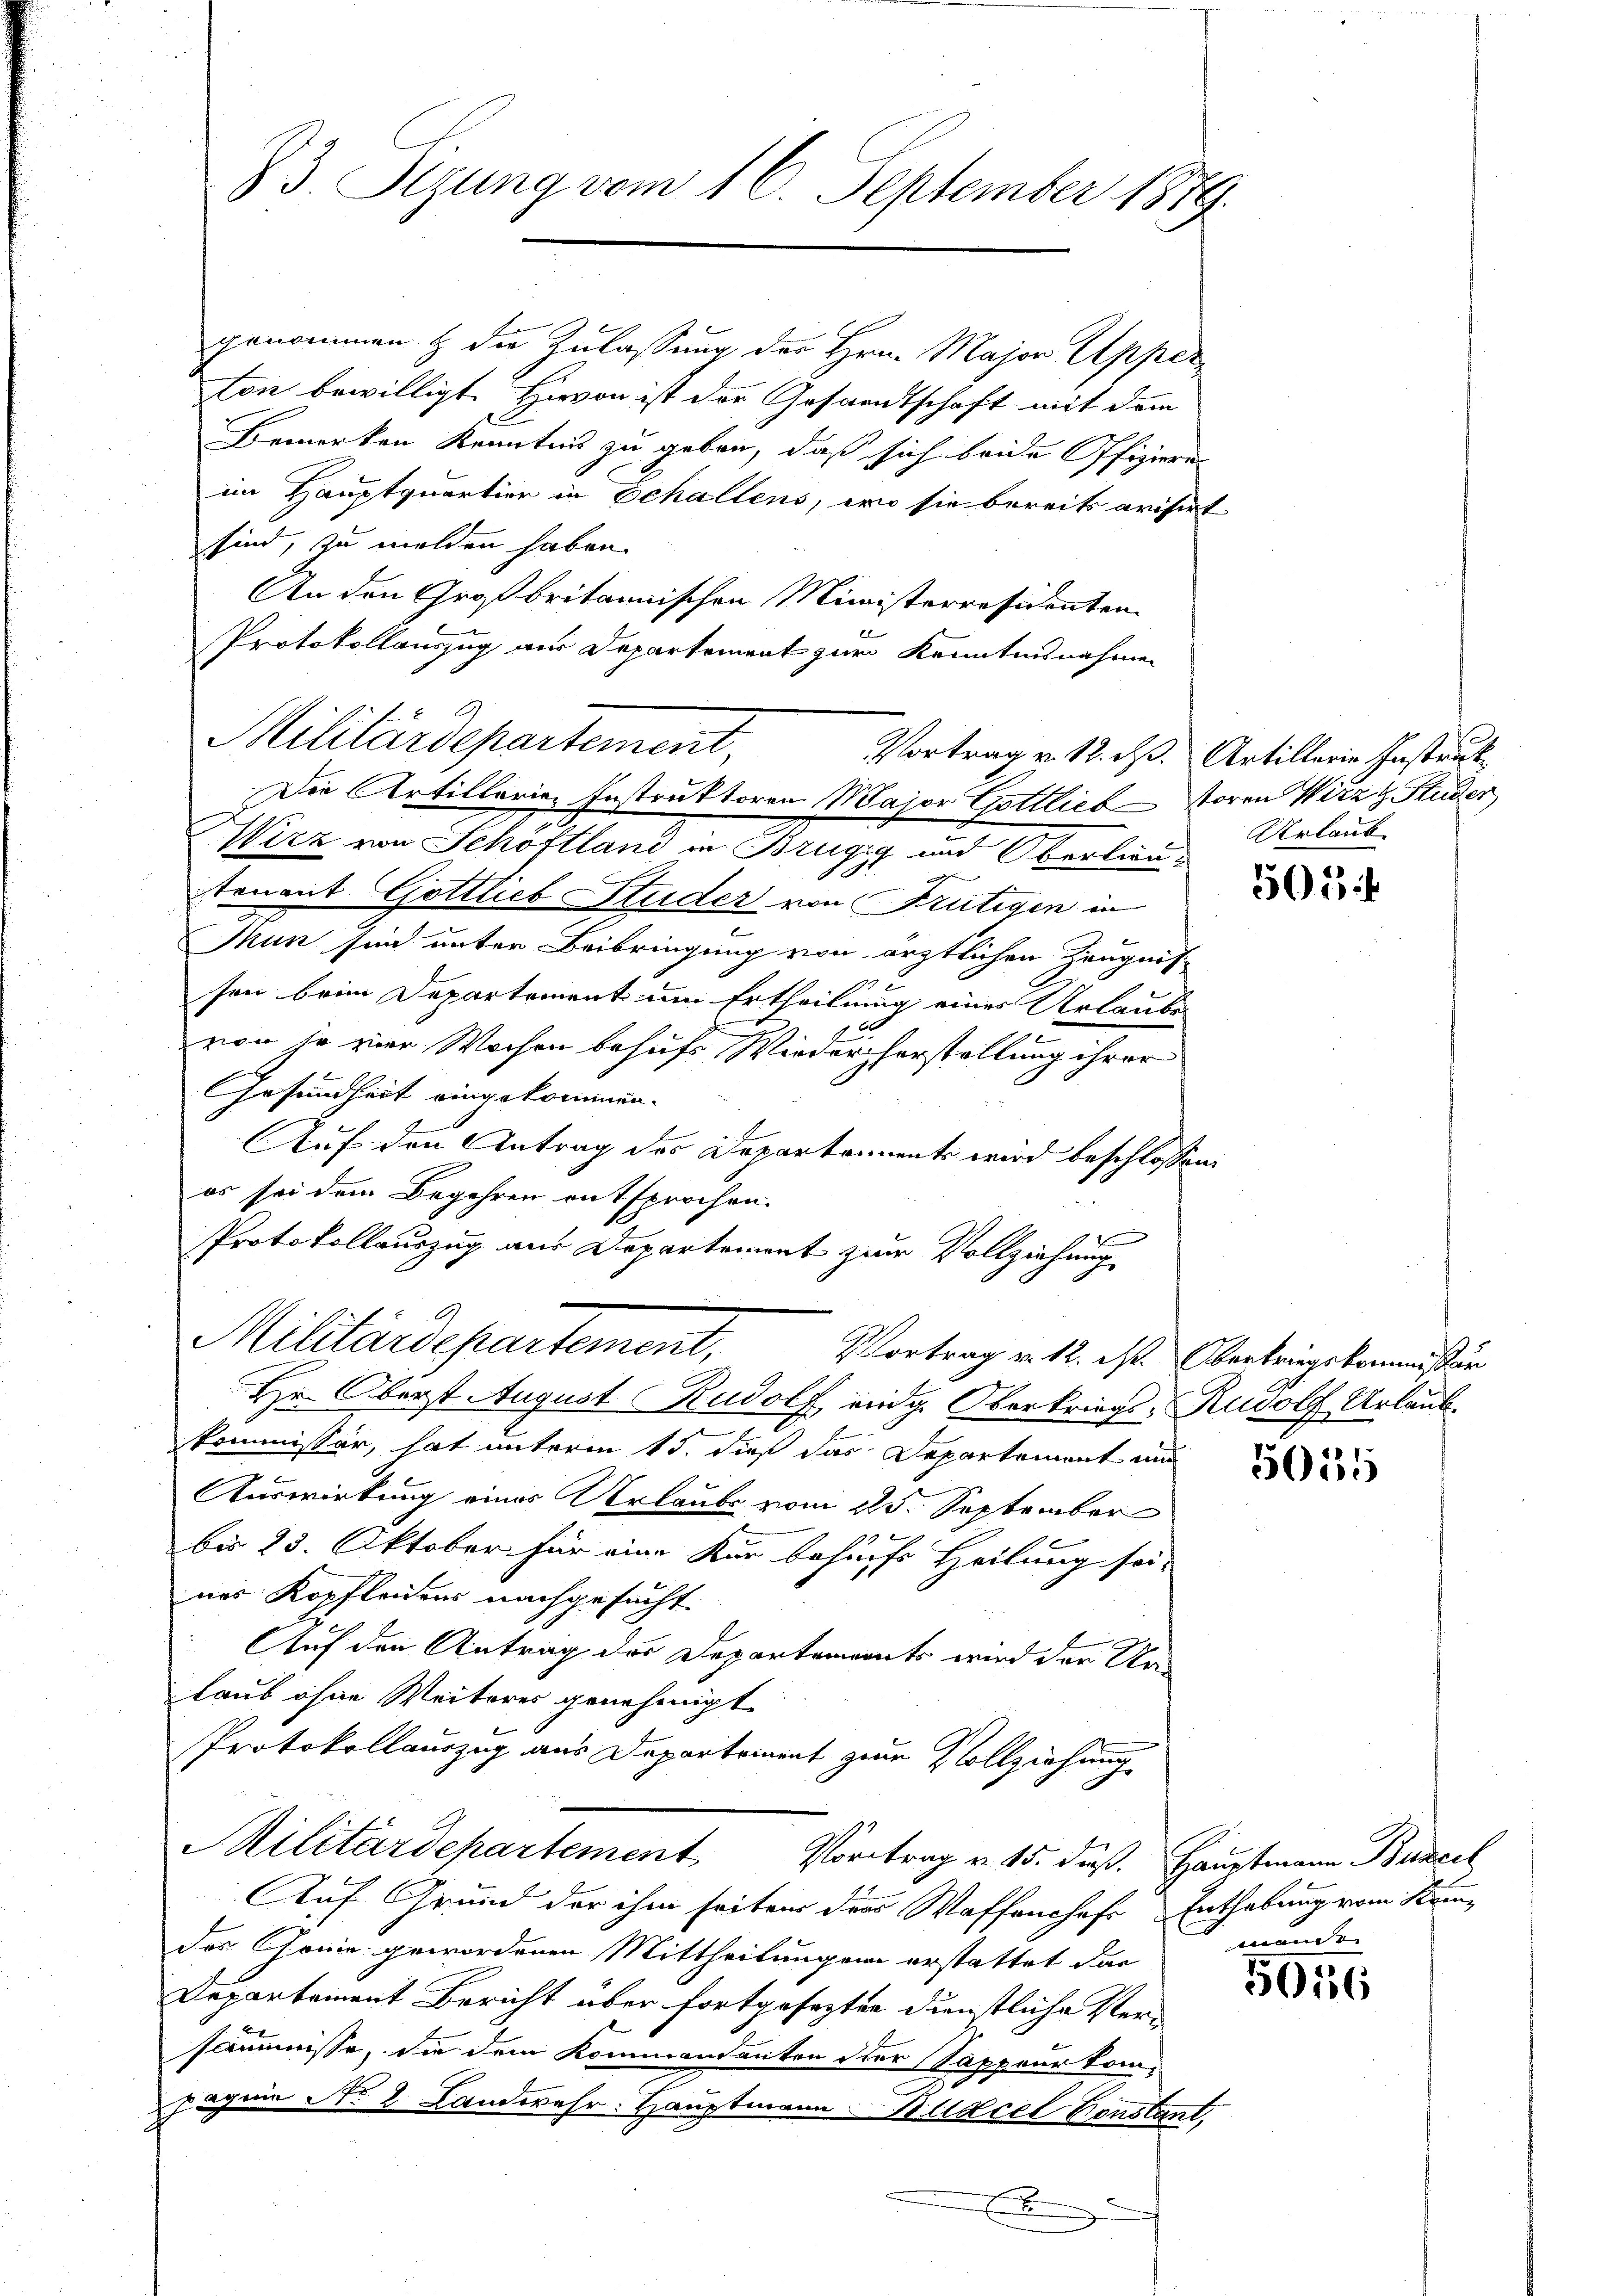
genommen & die Zulassung der Hrn. Major Apper
Con bewilligt. Hievon ist der Gesandtschaft mit dem
Bemerken Kenntnis zu geben, daß sich beide Offizieren
im Hauptquartier in Echallens, wo sie bereits arisirt
sind, zu melden haben.
An den Großbritannischen Ministerresidenten
el
Protokollauszug aus Departement zur Kenntnisnahmen
Wirz von Schöftland in Brügig und Oberlieutenant Gottlich Studer von Frutigen in
Thun sind unter Beibringung von ärztlichen Zeugnis
1
sen beim Departement um Ertheilung eines Urlaube
von je zur Wochen behufs Wiederherstellung ihrer
GGesundheit eingekommen.
1
Auf den Antrag des Departement wird beschlossen,
es sei dem Begehren entsprochen.
f
Protokollauszug aus Departement zur Vollziehung
Militärdepartement,
Vortrag v. 12. ist. Oberkriegskommissär
Hr. Oberst August Rudolf indig. Oberkriegs-Rudolf Urlaub.
.
kommissär, hat unterm 15. dieß das Departement und
.
Auswirkung eines Urlaubs vom 25. September
bis 25. Oktober für eine Kur behufs Heilung sei-
nes Kopflenens nachgesucht.
Auf den Antrag des Departements wird der Ur-
laub ohne Weiteres genehmigt
Protokollauszug aus Departement zur Vollziehung
Militärdepartement
Vortrag v. 15. daß. Hauptmann Bancel
Auf Grund der ihm seiten die Waffenschaft Enthebung vom Kam¬
Das Gonie gewordenen Mittheilungen erstattet dar
Departement Bericht über fortgesezten Dienstliche Versommisse, die dem Kommendanten der Sappeur kompagnie No 2. Landwehr: Hauptmann 11 Udcel Constant,
.

83 Sizung vom 16. September 1879.

Militärdepartement,

Vortrag v. 12. ds. Artillerie Instruk
Die Artillaria- Instruktoren Major Gottlich soren Wirz & Studer

Urlaub

505

5035

mand e

5016